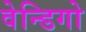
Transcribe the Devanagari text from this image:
वेन्डिगो